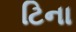
ટિના